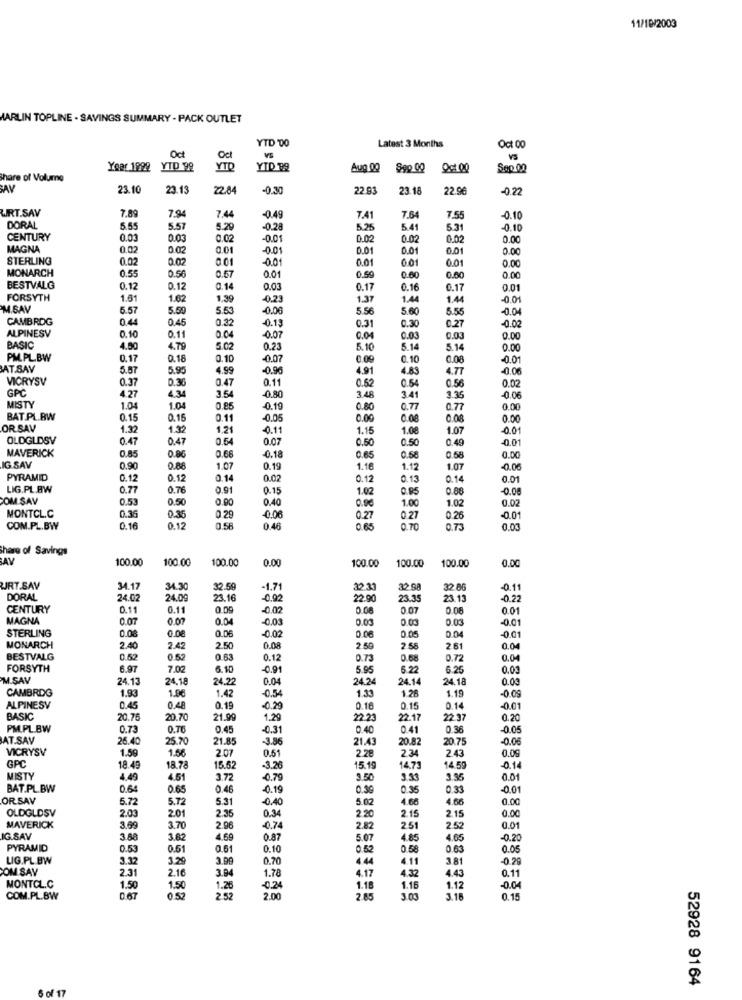
11/10/2003
MARLIN TOPLINE . SAVINGS SUMMARY - PACK OUTLET
YTD '00
Latest 3 Months
Oct 00
Oct
Oct
Vs
VS
Year 1998 YTD 99
YTO
YID 99
Aug 00
Oct 00
Sep 00
Share of Volume
23.10
23.15
22.84
-0,30
22.93
23.18
22 0€
-0.22
URT.SAV
7.89
7.94
7.44
-0.49
7.41
7.64
7.55
-0.10
DORAL
5.55
5.57
5.29
-0.28
5.25
5.41
5.31
-0.10
CENTURY
0.03
0.03
0.02
0.01
0.02
0.02
0.02
0.00
MAGNA
0.02
0.01
-0.01
0.01
0.01
0.01
0.00
STERLING
0.02
0.02
001
-0.01
0.01
0.01
0.01
0.00
MONARCH
0.55
0.50
0.57
0.01
0.59
0.60
0.60
0.00
BESTVALG
0.12
0.12
0.14
0.03
0.17
0.16
0.17
0.01
FORSYTH
1.61
1.62
1,39
-0.23
1.37
1.44
1.44
-0.01
M.SAV
5.57
5.59
5.53
-0.06
5.56
5.60
5.55
-0.04
CAMBRDG
0.44
0.45
0.32
-0.13
0.31
0.27
-0.02
ALPINESV
0.04
0.30
0.10
0.11
-0.07
0.04
0.03
0.03
0.00
BASIC
4.50
4.79
5.02
0.23
5.10
5.14
5.14
0.00
PM.PL.BW
0.17
0.18
0.10
-0.07
0.09
0.10
0.08
0.01
AT.SAV
5.57
5.95
4.99
-0.96
4.91
4.83
4.77
-0.00
VICRYSV
0.36
0.47
0.11
0.52
0.56
0.02
GPC
0.37
3,54
0.54
4.27
4.34
-0.80
3.48
3.41
3.35
-0.06
MISTY
1.04
1.04
0.85
0.19
0.80
0.77
0.77
0.00
BAT.PL.BW
0.15
0.15
0.11
-0.05
0.00
0.08
0.08
0.00
OR SAV
1.32
1.32
1.21
-0.11
1.15
1.08
1.07
001
OLDGLDSV
0.47
0.47
0.54
0.07
0.50
0.50
0.49
-0.01
MAVERICK
0.85
0.80
0.66
-0.18
0.65
0.58
0.58
0.00
IG SAV
0,90
0.80
1.07
0.19
1.16
1.12
1.07
-0,06
PYRAMID
0.12
0.12
0.14
0.02
0.12
0.13
0.14
0.01
LIG.PL.BW
0.77
0.76
0.91
0.15
1.02
0.95
0.88
-0.0
COM SAV
0.53
0.50
0.90
0.40
0.02
0.90
1.00
1.02
MONTCL.C
0.36
0.35
0.29
-0.06
0.27
0.27
0.26
-0.01
COM.PL.BW
0.16
0.12
0.58
0.46
0.65
0.70
0.73
0.03
Share of Savings
AY
100.00
100.00
100.00
0.00
100.00
0.00
100.00
100.00
URT.SAV
34.17
34.30
32.59
-1.71
32.33
32 g
32 8
-0.11
DORAL
24.02
24.09
23.16
0.92
22.90
23.35
23.13
-0.22
CENTURY
0.11
0.11
0.09
0.02
0.08
0.07
0.08
0.01
MAGNA
0.07
0.07
0.04
-0.03
0.03
0.00
0.03
-0.01
STERLING
0.08
0.08
0.06
0.04
-0.01
-0.02
0.06
0.05
MONARCH
2.40
2.42
2.50
0.08
2.59
2.58
2.61
0.04
BESTVALG
0.52
0.52
0.63
0.12
0.73
0.68
0.72
0.04
FORSYTH
6.97
7.02
6.10
-0.91
5.95
6.22
6.25
0.03
M.SAV
24.13
24,18
24.22
0.04
24.24
24.14
24.18
0.03
CAMBRIDG
1.93
1.42
1.13
1.28
1.19
-0.09
1.96
-0.54
ALPINESV
0.45
0.48
0.19
-0.29
0.16
0.15
0.14
-0.01
BASIC
20.76
20.70
21.9
1.29
22 23
22.1
22.37
0.20
PM.PL.BW
0.73
0.76
0.45
-0.31
0.40
0.41
0.36
-0.05
AT.SAV
26.40
25.70
21.85
-3.86
21.43
20.82
20.75
-0.06
VICRYSV
1.59
2.43
0.09
GPC
1.56
2.07
0.51
2.28
2.34
18.49
18.78
15.52
-3.26
15.19
14.73
14.59
0.14
MISTY
4.49
4.51
3.72
-0.79
3.50
3.33
0.01
BAT.PL.BW
0.64
0.65
0.46
-0.19
0.30
0.35
0.33
-0.01
ORSAV
5.72
5.72
5.31
-0,40
5.02
4.68
4.66
0.00
OLDGLDSV
2.03
2.01
2.36
0.34
2.20
2.15
2.15
0.00
MAVERICK
3.69
3.70
2.96
-0.74
2.82
2.51
2.52
0.01
IG.SAV
3.88
3.62
0.87
5.07
4.85
4.65
-0.20
PYRAMID
0.53
0.51
0.61
0.10
0.52
0.5
0.63
0.05
LIG.PL.BW
3.32
3.29
3.99
0.70
4.44
4.11
381
-0.29
COM SAY
2.31
2.16
3.94
4.17
4.32
4.43
0.11
1.78
MONTCL.C
1.50
1.50
1.26
-0.24
1.18
1.16
1.12
-0.04
COM.PL.BW
0.67
05
2.52
2.00
2.85
3.00
3.18
0.15
52928 9164
of 17